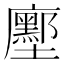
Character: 𭚌